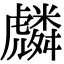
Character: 𮓯